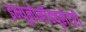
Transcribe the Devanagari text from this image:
इम्यूनोमॉड्यूलेटरी